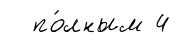
по́лным 4